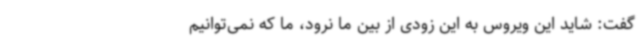
گفت: شاید این ویروس به این زودی از بین ما نرود، ما که نمی‌توانیم